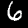
Label: 6